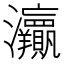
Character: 𱪠